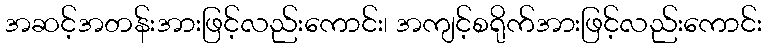
အဆင့်အတန်းအားဖြင့်လည်းကောင်း၊ အကျင့်စရိုက်အားဖြင့်လည်းကောင်း